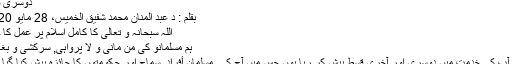
دوسری قسط
بقلم : د عبد المنان محمد شفيق الخميس، 28 مايو 2020
اللہ سبحانہ و تعالى کا کامل اسلام پر عمل کا حکم
ہم مسلمانو کی من مانی و لا پرواہی, سرکشی و بغاوت
میں آپ کی خدمت میں دوسری اور آخری قسط پیش کر رہا ہوں جس میں آج کے مسلمان أفراد, سماج اور حکومتوں کا جائزہ پیش کیا گیا ہے۔